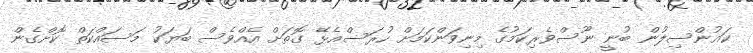
ކައުންސިލުން ބުނީ ނޫސްވެރިކަމުގެ މިނިވަންކަމަށް ހުރަސްއެޅޭ ގޮތަށް އެއްވެސް ބަޔަކު މަސައްކަތް ކޮށްގެން